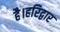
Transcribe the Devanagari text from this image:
है।हरिद्वार